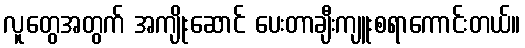
လူတွေအတွက် အကျိုးဆောင် ပေးတာချီးကျူးစရာကောင်းတယ်။